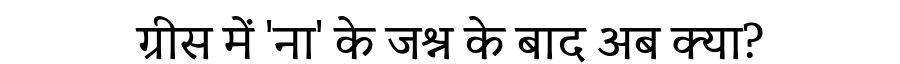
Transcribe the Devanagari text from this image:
ग्रीस में 'ना' के जश्न के बाद अब क्या?